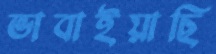
ভাবাইয়াছি